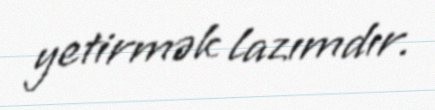
yetirmək lazımdır.